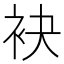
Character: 袂